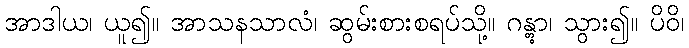
အာဒါယ၊ ယူ၍။ အာသနသာလံ၊ ဆွမ်းစားစရပ်သို့။ ဂန္တွာ၊ သွား၍။ ပိဝိ၊